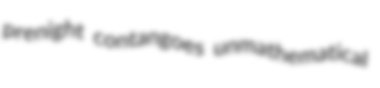
prenight contangoes unmathematical